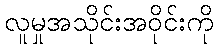
လူမှုအသိုင်းအဝိုင်းကို